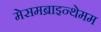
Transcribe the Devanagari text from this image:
मेसमब्राइन्थेमम